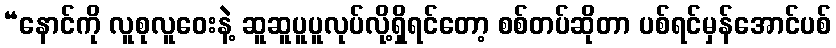
“နောင်ကို လူစုလူဝေးနဲ့ ဆူဆူပူပူလုပ်လို့ရှိရင်တော့ စစ်တပ်ဆိုတာ ပစ်ရင်မှန်အောင်ပစ်